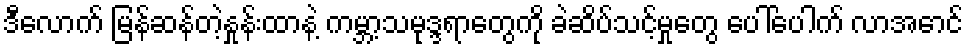
ဒီလောက် မြန်ဆန်တဲ့နှုန်းထာနဲ့ ကမ္ဘာ့သမုဒ္ဒရာတွေကို ခဲဆိပ်သင့်မှုတွေ ပေါ်ပေါက် လာအောင်